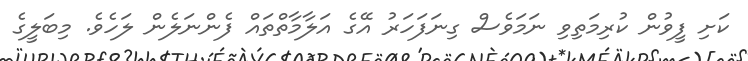
ކަށި ފީވުން ކުރިމަތިވި ނަމަވެސް ގިނަފަހަރު އޭގެ އަލާމާތްތައް ފެންނަލެން ލަހެވެ. މިބަލީގެ